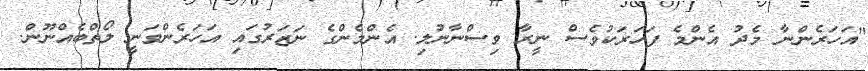
"އަހަރެންނާ މެދު އެންމެ ފަހަރަކުވެސް ނީރާ ވިސްނާނުލި. އެންމެންގެ ނަޒަރުގައި އަހަރެންވަނީ ލޯތްބެއްނޫން.